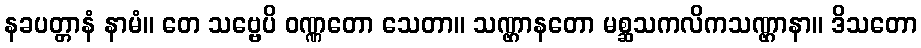
နခပတ္တာနံ နာမံ။ တေ သဗ္ဗေပိ ဝဏ္ဏတော သေတာ။ သဏ္ဌာနတော မစ္ဆသကလိကသဏ္ဌာနာ။ ဒိသတော